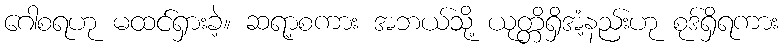
ဂေါစရဟု မထင်ရှားခဲ့။ ဆရာ့စကား အဘယ်သို့ ယုတ္တိရှိအံ့နည်းဟု စုဒ်ရှိရကား